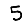
Digit: 5